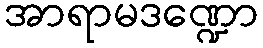
အာရာမဒဏ္ဍော